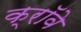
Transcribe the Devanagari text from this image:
क्रॉवे